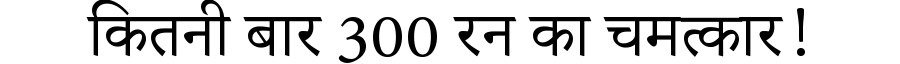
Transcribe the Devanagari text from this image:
कितनी बार 300 रन का चमत्कार!